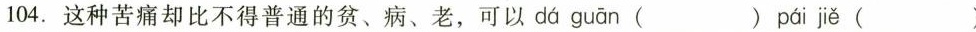
104.这种苦痛却比不得普通的贫、病、老，可以 dá guān ( ) pái jiě ( )